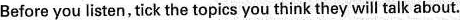
Before you listen, tick the topics you think they will talk about.